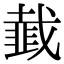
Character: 韯